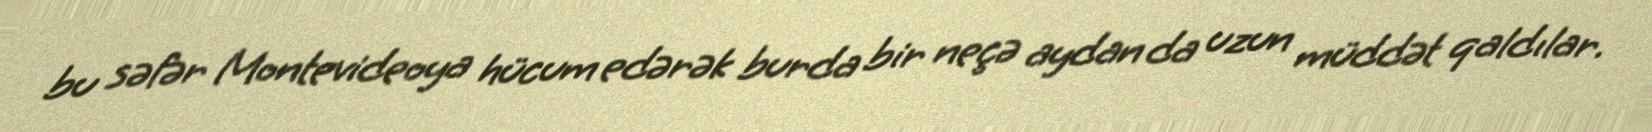
bu səfər Montevideoya hücum edərək burda bir neçə aydan da uzun müddət qaldılar.